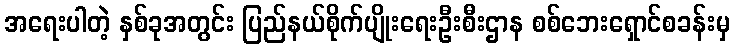
အရေးပါတဲ့ နှစ်ခုအတွင်း ပြည်နယ်စိုက်ပျိုးရေးဦးစီးဌာန စစ်ဘေးရှောင်စခန်းမှ